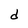
Character: d